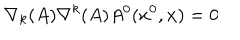
\nabla _ { k } ( A ) \nabla ^ { k } ( A ) A ^ { 0 } ( x ^ { 0 } , { \bf x } ) = 0